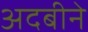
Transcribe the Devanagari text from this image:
अदबीने